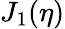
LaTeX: J_{1}(\eta)